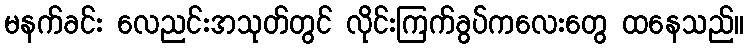
မနက်ခင်း လေညင်းအသုတ်တွင် လိုင်းကြက်ခွပ်ကလေးတွေ ထနေသည်။